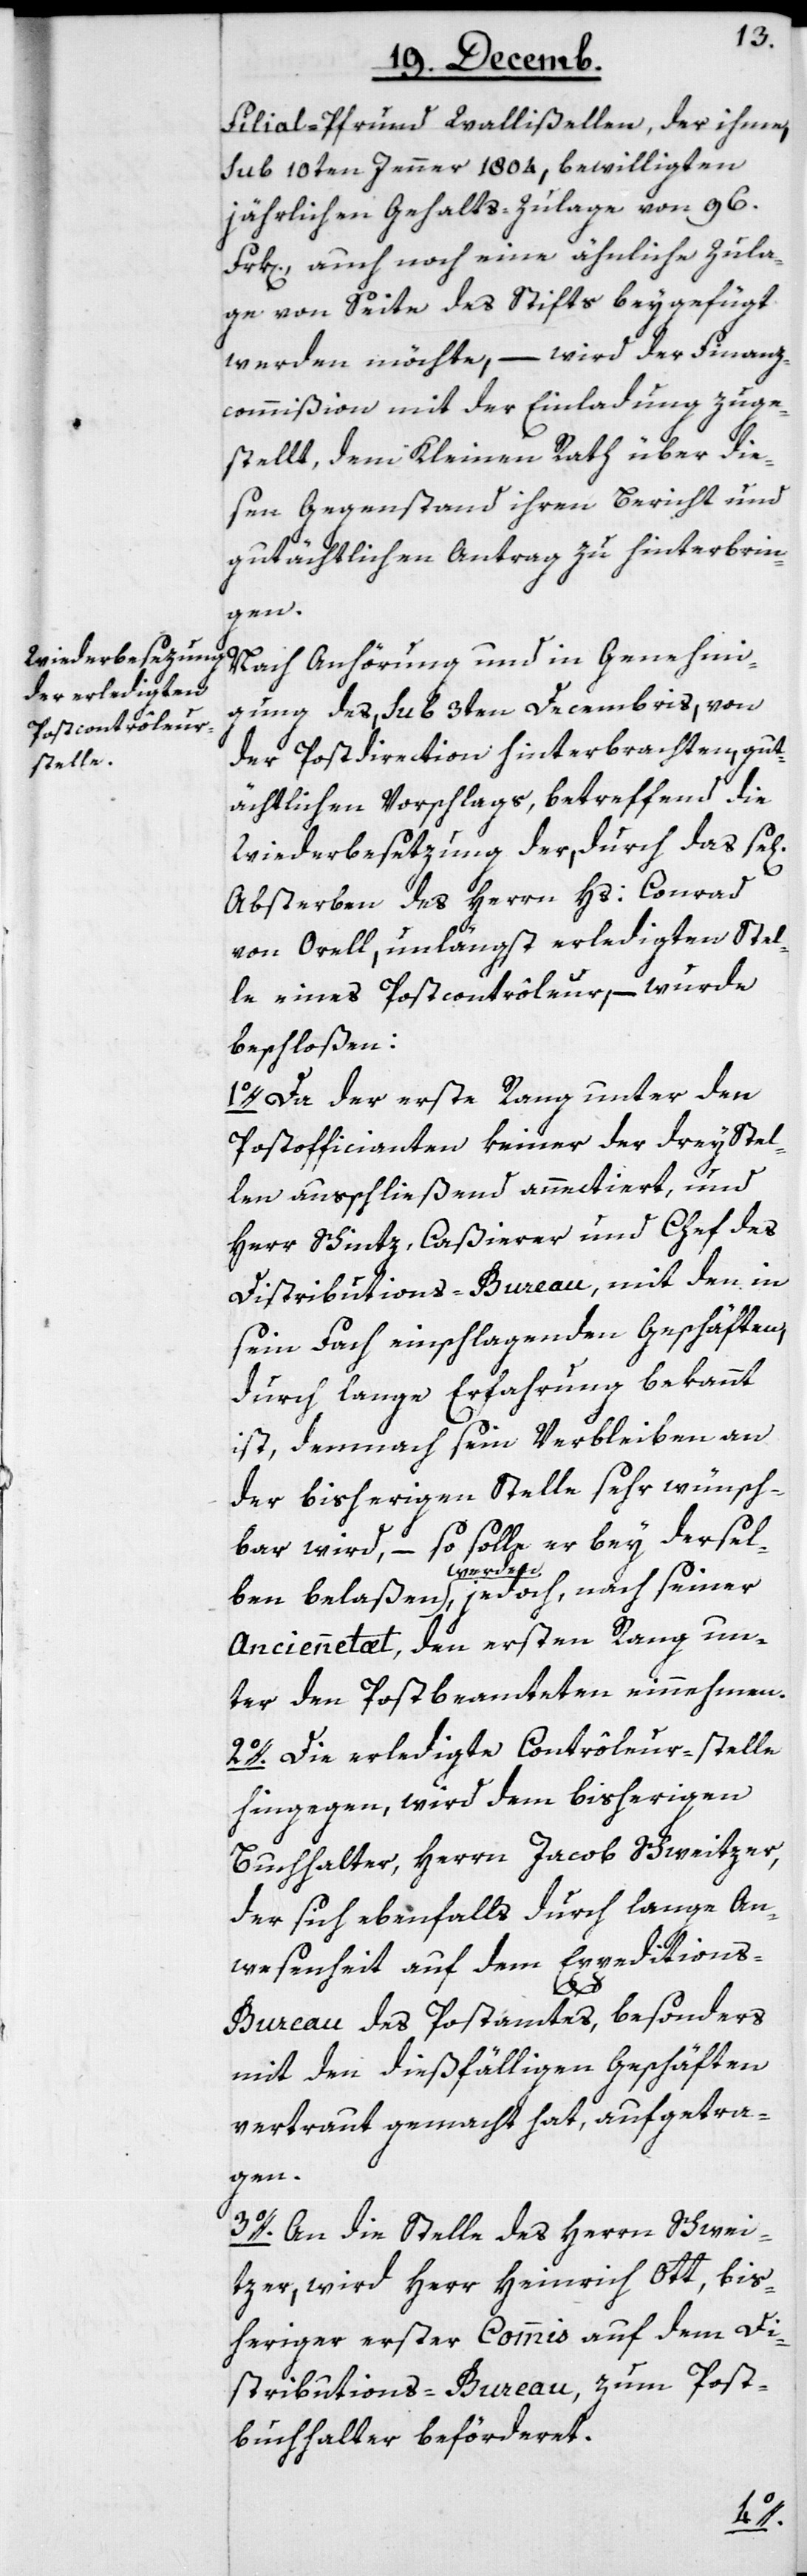
Filial-Pfrund Wallißellen, der ihme
sub 10ten Jenner 1804, bewilligten
jährlichen Gehalts-Zulage von 96.
Frk[en], auch noch eine ähnliche Zula¬
ge von Seite des Stifts beygefügt
werden möchte, – wird der Finanz¬
commißion mit der Einladung zuge¬
stellt, dem Kleinen Rath über die¬
sen Gegenstand ihren Bericht und
gutächtlichen Antrag zu hinterbrin¬
gen.
Nach Anhörung und in Genehmi¬
gung des sub, 3ten Decembris, von
der Postdirection hinterbrachten, gut¬
ächtlichen Vorschlags, betreffend die
Wiederbesetzung der, durch das se[li¬
Absterben des Herrn Hs. Conrad
von Orell, unlängst erledigten Stel¬
le eines Postcontrôleur, – wurde
beschloßen:
Da der erste Rang unter den
Postofficianten keiner der drey Stel¬
len ausschließend annectiert, und
Herr Schintz, Caßierer und Chef des
Distributions-Bureau, mit den in
sein Fach einschlagenden Geschäften,
durch lange Erfahrung bekannt
ist, demnach seyn Verbleiben an
der bisherigen Stelle sehr wünsch¬
bar wird, – so solle er bey dersel¬
ben belaßen werden, jedoch, nach seyner
Anciennetæt, den ersten Rang un¬
ter den Postbeamteten einnehmen.
2o. Die erledigte Contôleur-stelle
hingegen, wird dem bisherigen
Buchhalter, Herrn Jacob Schweitzer,
der sich ebenfalls durch lange An¬
wesenheit auf dem Expedition¬
1o.
s-Bureau des Postamtes, besonders
mit den dießfälligen Geschäften
vertraut gemacht hat, aufgetra¬
gen.
3o. An die Stelle des Herrn Schwei¬
tzer, wird Herr Heinrich Ott, bis¬
heriger erster Commis auf dem Di¬
stributions-Bureau zum Post¬
buchhalter beförderet.